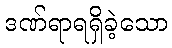
ဒဏ်ရာရရှိခဲ့သော